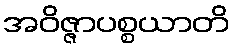
အဝိဇ္ဇာပစ္စယာတိ